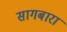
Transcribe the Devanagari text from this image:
सागबारा